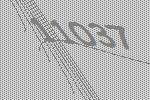
11037